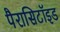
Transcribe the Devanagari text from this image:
पैरासिटॉइड